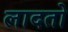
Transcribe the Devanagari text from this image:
लादतो